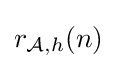
r_{{\mathcal {A}},h}(n)